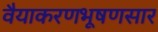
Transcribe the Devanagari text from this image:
वैयाकरणभूषणसार